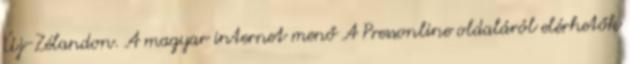
Új-Zélandon. A magyar internet menő A Pressonline oldaláról elérhetők